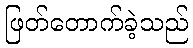
ဖြတ်တောက်ခဲ့သည်